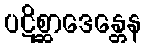
ပဋိစ္ဆာဒေန္တေန